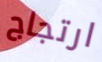
ارتجاج